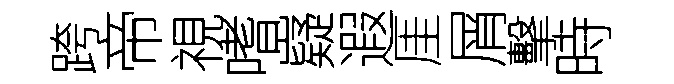
跨帝視嗜嶷遐厓屑擊時